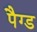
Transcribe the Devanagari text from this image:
पैग्ड